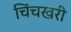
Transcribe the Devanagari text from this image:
चिंचखरी